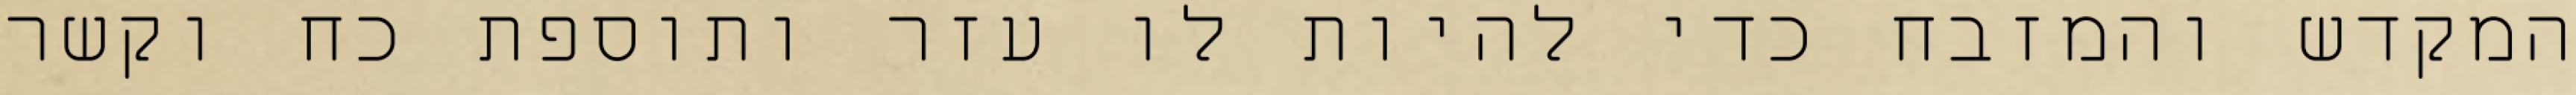
המקדש והמזבח כדי להיות לו עזר ותוספת כח וקשר